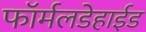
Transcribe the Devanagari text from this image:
फॉर्मलडेहाईड